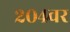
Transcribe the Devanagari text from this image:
२०४वर